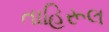
તાહિરૂલ